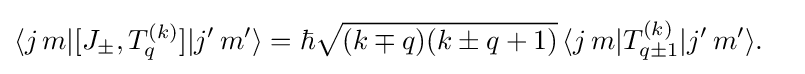
{\begin{aligned}&\langle j\,m|[J_{\pm },T_{q}^{(k)}]|j'\,m'\rangle =\hbar {\sqrt {(k\mp q)(k\pm q+1)}}\,\langle j\,m|T_{q\pm 1}^{(k)}|j'\,m'\rangle .\end{aligned}}